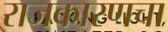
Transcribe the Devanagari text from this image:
राजकारणचा